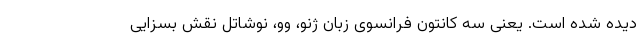
دیده شده است. یعنی سه کانتون فرانسوی زبان ژنو، وو، نوشاتل نقش بسزایی